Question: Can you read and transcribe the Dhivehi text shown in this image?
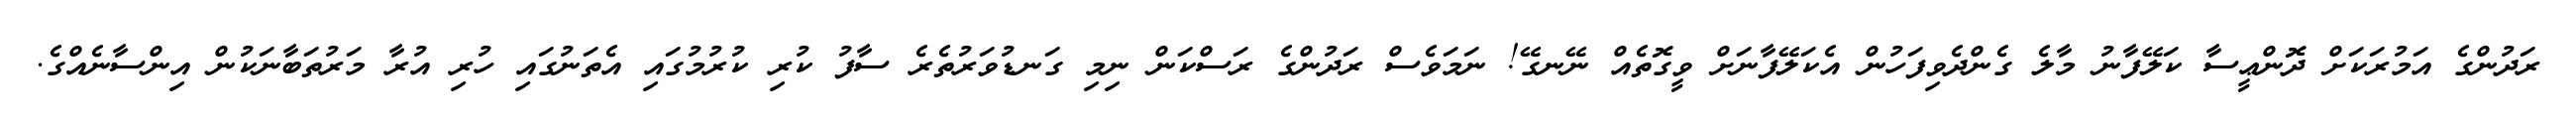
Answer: ރަދުންގެ އަމުރަކަށް ދޮންޢީސާ ކަލޭފާނު މާލެ ގެންދެވިފަހުން އެކަލޭފާނަށް ވީގޮތެއް ނޭނގޭ! ނަމަވެސް ރަދުންގެ ރަސްކަން ނިމި ގަނޑުވަރުތެރެ ސާފު ކުރި ކުރުމުގައި އެތަނުގައި ހުރި އުރާ މަރުތަބާނަކުން އިންސާނެއްގެ.